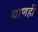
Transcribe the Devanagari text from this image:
वाणही